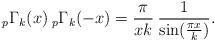
LaTeX: \begin{align*}_{p}\Gamma_{k}(x)\:_{p}\Gamma_{k}(-x)=\frac{\pi}{xk}\:\frac{1}{\sin (\frac{\pi x}{k})}.\end{align*}